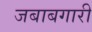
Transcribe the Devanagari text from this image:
जबाबगारी